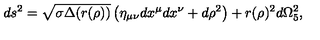
d s ^ { 2 } = \sqrt { \sigma \Delta ( r ( \rho ) ) } \left( \eta _ { \mu \nu } d x ^ { \mu } d x ^ { \nu } + d \rho ^ { 2 } \right) + r ( \rho ) ^ { 2 } d \Omega _ { 5 } ^ { 2 } ,